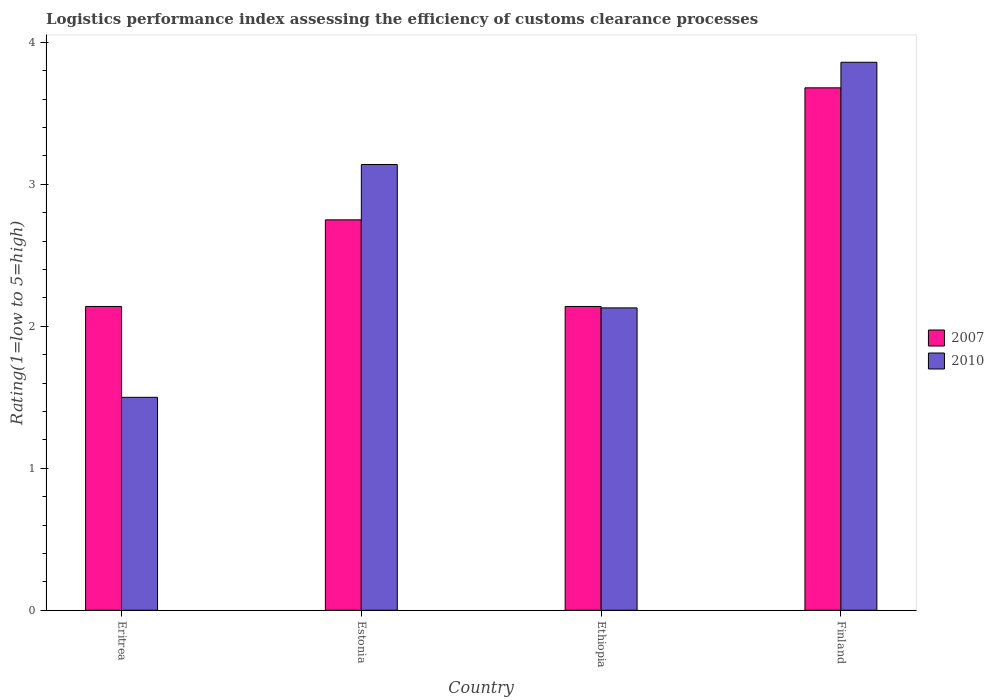
| Country | 2007 | 2010 |
 | --- | --- | --- |
 | Eritrea | 2.14 | 1.5 |
 | Estonia | 2.75 | 3.14 |
 | Ethiopia | 2.14 | 2.13 |
 | Finland | 3.68 | 3.86 |